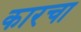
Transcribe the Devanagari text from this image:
कारचा